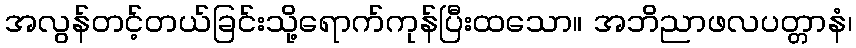
အလွန်တင့်တယ်ခြင်းသို့ရောက်ကုန်ပြီးထသော။ အဘိညာဖလပတ္တာနံ၊